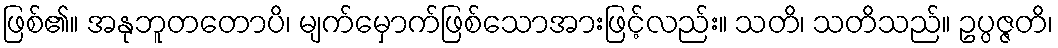
ဖြစ်၏။ အနုဘူတတောပိ၊ မျက်မှောက်ဖြစ်သောအားဖြင့်လည်း။ သတိ၊ သတိသည်။ ဥပ္ပဇ္ဇတိ၊